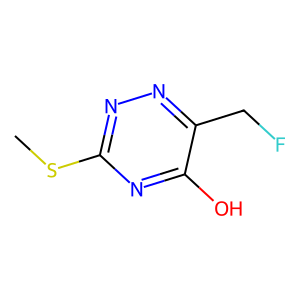
SMILES: CSc1nnc(CF)c(O)n1
Inhibits HIV replication: No